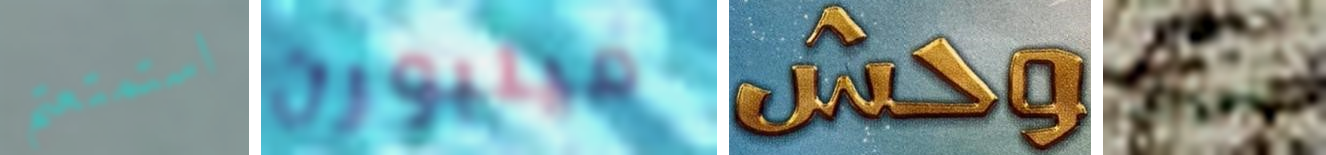
استمتعتم ميلبورن وحش سييرا